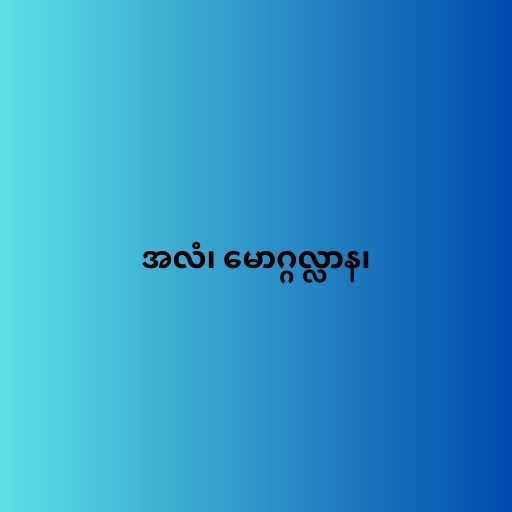
အလံ၊ မောဂ္ဂလ္လာန၊